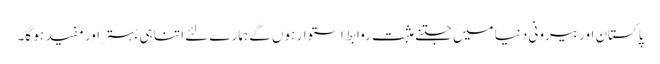
پاکستان اور بیرونی دنیا میں جتنے مثبت روابط استوار ہوں گے ہمارے لئے اتنا ہی بہتر اور مفید ہو گا۔